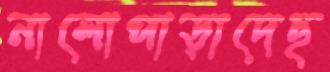
নালোপাড়াদেছ